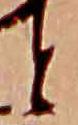
と